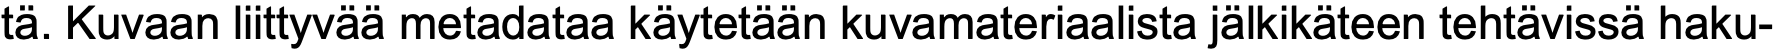
tä. Kuvaan liittyvää metadataa käytetään kuvamateriaalista jälkikäteen tehtävissä haku-